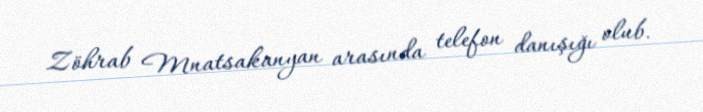
Zöhrab Mnatsakanyan arasında telefon danışığı olub.